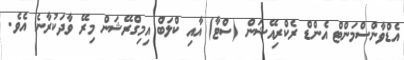
އެޑްވާންސްމަންޓް އެންޑް ރެކްރިއޭޝަން (ސްޓާ) އާއި ކްލަބް އިމިގްރޭޝަން މިރޭ ވާދަކުރާނެ އެވެ.